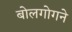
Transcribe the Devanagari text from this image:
बोलगोगने